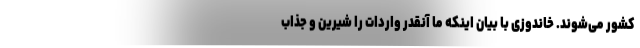
کشور می‌شوند. خاندوزی با بیان اینکه ما آنقدر واردات را شیرین و جذاب